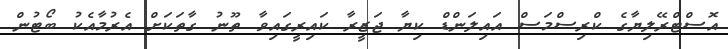
އޮސްޓްރޭލިޔާގެ ކްރިސްމަސް އައިލަންޑް ކިޔާ ޖަޒީރާ ކައިރީގައިވާ ތޫނު ގާތަކަށް އެރުމާއެކު ބޯޓުން